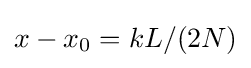
{\textstyle x-x_{0}=kL/(2N)}